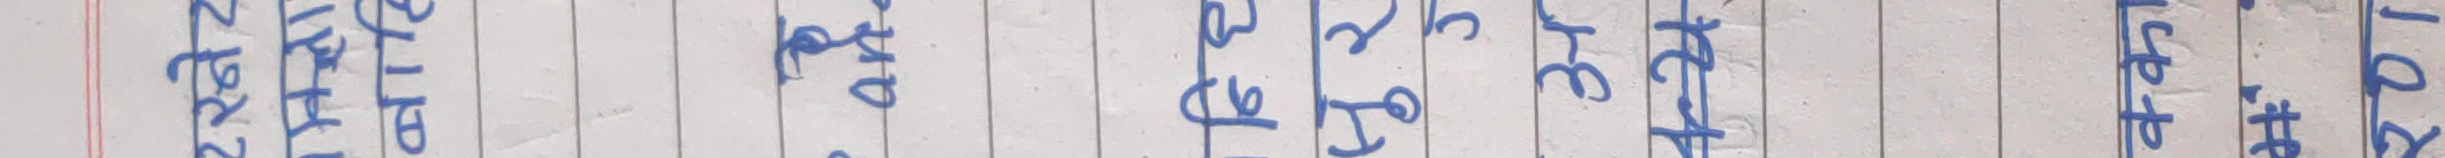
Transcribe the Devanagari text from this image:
यहाँ भाएत